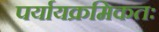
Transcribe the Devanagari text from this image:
पर्यायक्रमिकतः